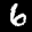
Label: 6